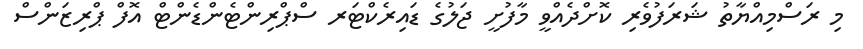
މި ރަސްމިއްޔާތު ޝަރަފުވެރި ކޮށްދެއްވީ މާފުށީ ޖަލުގެ ޑައިރެކްޓަރ ސްޕްރިންޓެންޑެންޓް އޮފް ޕްރިޒަންސް